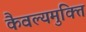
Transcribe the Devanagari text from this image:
कैवल्यमुक्ति